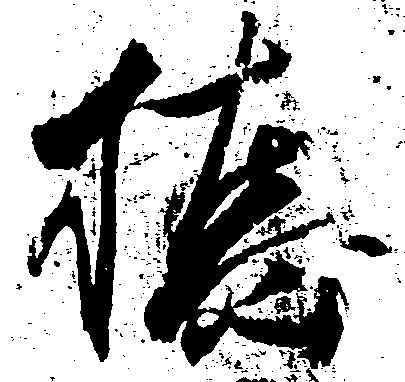
橋